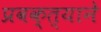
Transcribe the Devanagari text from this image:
प्रवक्त्याने